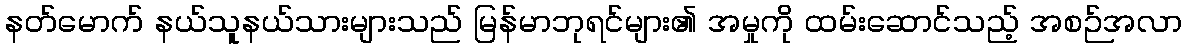
နတ်မောက် နယ်သူနယ်သားများသည် မြန်မာဘုရင်များ၏ အမှုကို ထမ်းဆောင်သည့် အစဉ်အလာ